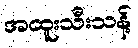
အထူးသီးသန့်